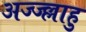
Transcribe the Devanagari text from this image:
अज्ज्ल्लाहु